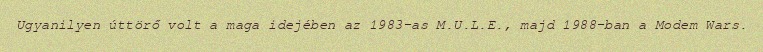
Ugyanilyen úttörő volt a maga idejében az 1983-as M.U.L.E., majd 1988-ban a Modem Wars.